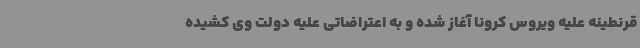
قرنطینه علیه ویروس کرونا آغاز شده و به اعتراضاتی علیه دولت وی کشیده